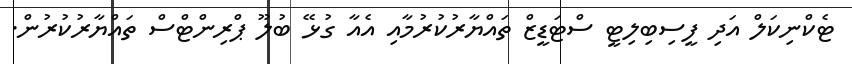
ޓެކްނިކަލް އަދި ފީސިބިލިޓީ ސްޓަޑީޒް ތައްޔާރުކުރުމާއި އެއާ ގުޅޭ ބުލޫ ޕްރިންޓްސް ތައްޔާރުކުރުން.